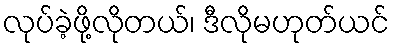
လုပ်ခဲ့ဖို့လိုတယ်၊ ဒီလိုမဟုတ်ယင်